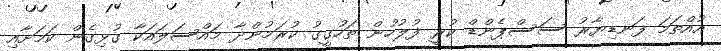
އުއްތަމަ ފަނޑިޔާރު ސަސްޕެންޑް ކުރީ ފުލުހުން ތަހުގީގު ކުރަމުންދާ މައްސަލައަކާ ގުޅިގެން ކަމަށާއި